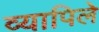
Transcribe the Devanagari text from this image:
व्यापिले